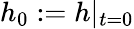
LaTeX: h_{0}:=h|_{t=0}